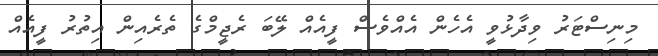
މިނިސްޓަރު ވިދާޅުވީ އެހެން އެއްވެސް ފީއެއް ލޭބަ ރެޖީމްގެ ތެރެއިން އިތުރު ފީއެއް